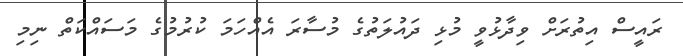
ރައީސް އިތުރަށް ވިދާޅުވީ މުޅި ދައުލަތުގެ މުސާރަ އެއްހަމަ ކުރުމުގެ މަސައްކަތް ނިމި